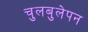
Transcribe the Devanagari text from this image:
चुलबुलेपन